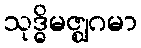
သုဒ္ဓိမဇ္ဈဂမာ